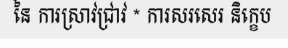
នៃ ការស្រាវជ្រាវ * ការសរសេរ និក្ខេប